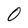
Character: O